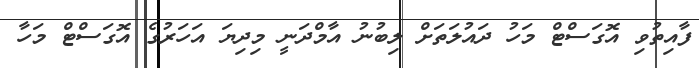
ފާއިތުވި އޮގަސްޓް މަހު ދައުލަތަށް ލިބުނު އާމްދަނީ މިދިޔަ އަހަރުގެ އޮގަސްޓް މަހާ